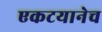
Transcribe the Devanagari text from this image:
एकटयानेच